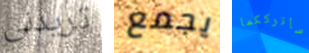
تريدنى يجمع سأترككما